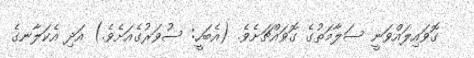
ގޮވައިލައްވަނީ ސަލާމަތުގެ ގޮވައްޗަށެވެ. (އެބަހީ: ސުވަރުގެއަށެވެ.) އަދި އެކަލާނގެ